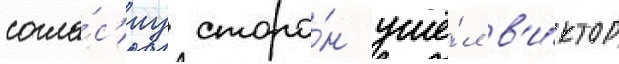
согла́с'иу сторо́н ушё́л в'и́ктор